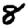
Digit: 8